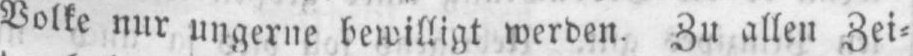
Volke nur ungerne bewilligt werden. Zu allen Zei⸗